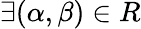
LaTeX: \exists(\alpha,\beta)\in R